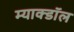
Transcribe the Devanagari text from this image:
म्याक्डॉल